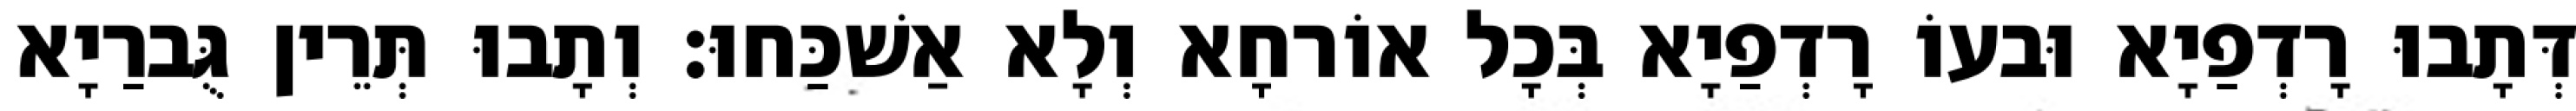
דְּתָבוּ רָדְפַיָא וּבעוֹ רָדְפַיָא בְּכָל אוֹרחָא וְלָא אַשׁכַּחוּ׃ וְתָבוּ תְּרֵין גֻּברַיָא